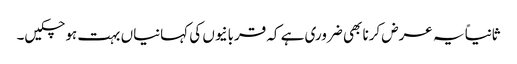
ثانیاً یہ عرض کرنا بھی ضروری ہے کہ قربانیوں کی کہانیاں بہت ہو چکیں۔